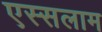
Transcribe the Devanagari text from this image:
एस्सलाम